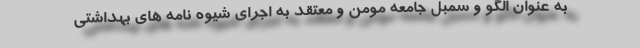
به عنوان الگو و سمبل جامعه مومن و معتقد به اجرای شیوه نامه های بهداشتی